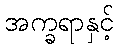
အက္ခရာနှင့်